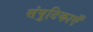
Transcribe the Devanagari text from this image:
संपुटिकाएँ